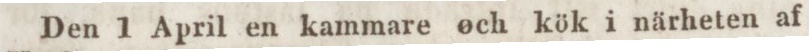
Den 1 April en kammare och kök i närheten af